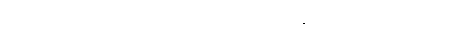
ဘယ်စားသောက်ဆိုင် ကောင်းတယ် ဆိုတာသိပါသလား။